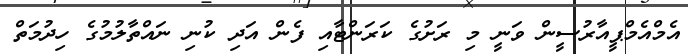
އެމްއެމްޕީއާރުސީން ވަނީ މި ރަށުގެ ކަރަންޓާއި ފެން އަދި ކުނި ނައްތާލުމުގެ ހިދުމަތް